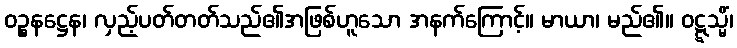
ဝဉ္စနဋ္ဌေန၊ လှည့်ပတ်တတ်သည်၏အဖြစ်ဟူသော အနက်ကြောင့်။ မာယာ၊ မည်၏။ ဝဋ္ဋသ္မိံ၊